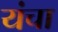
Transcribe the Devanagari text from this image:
यंचा